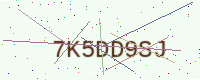
Text: 7K5DD9SJ